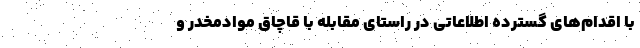
با اقدام‌های گسترده اطلاعاتی در راستای مقابله با قاچاق موادمخدر و